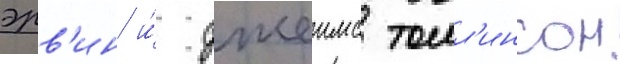
эрв'ин и́ джеимс томл'инсон